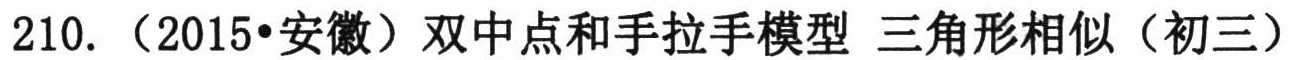
210. （2015•安徽）双中点和手拉手模型 三角形相似（初三）